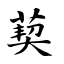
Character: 葜